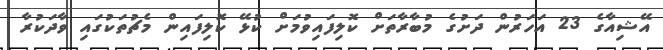
އޭޝިއާގެ 23 އަހަރުން ދަށުގެ މުބާރާތަށް ކޮލިފައިވުމަށް ކުޅޭ ކޮލިފައިން މެޗުތަކުގައި ވާދަކުރާ